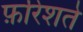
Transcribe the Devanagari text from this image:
फ़रिशते